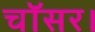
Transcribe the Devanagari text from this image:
चॉसर।